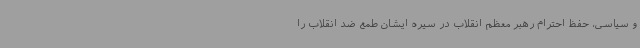
و سیاسی، حفظ احترام رهبر معظم انقلاب در سیره ایشان طمع ضد انقلاب را